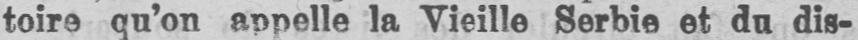
toire qu’on appelle la Vieille Serbie et du dis-